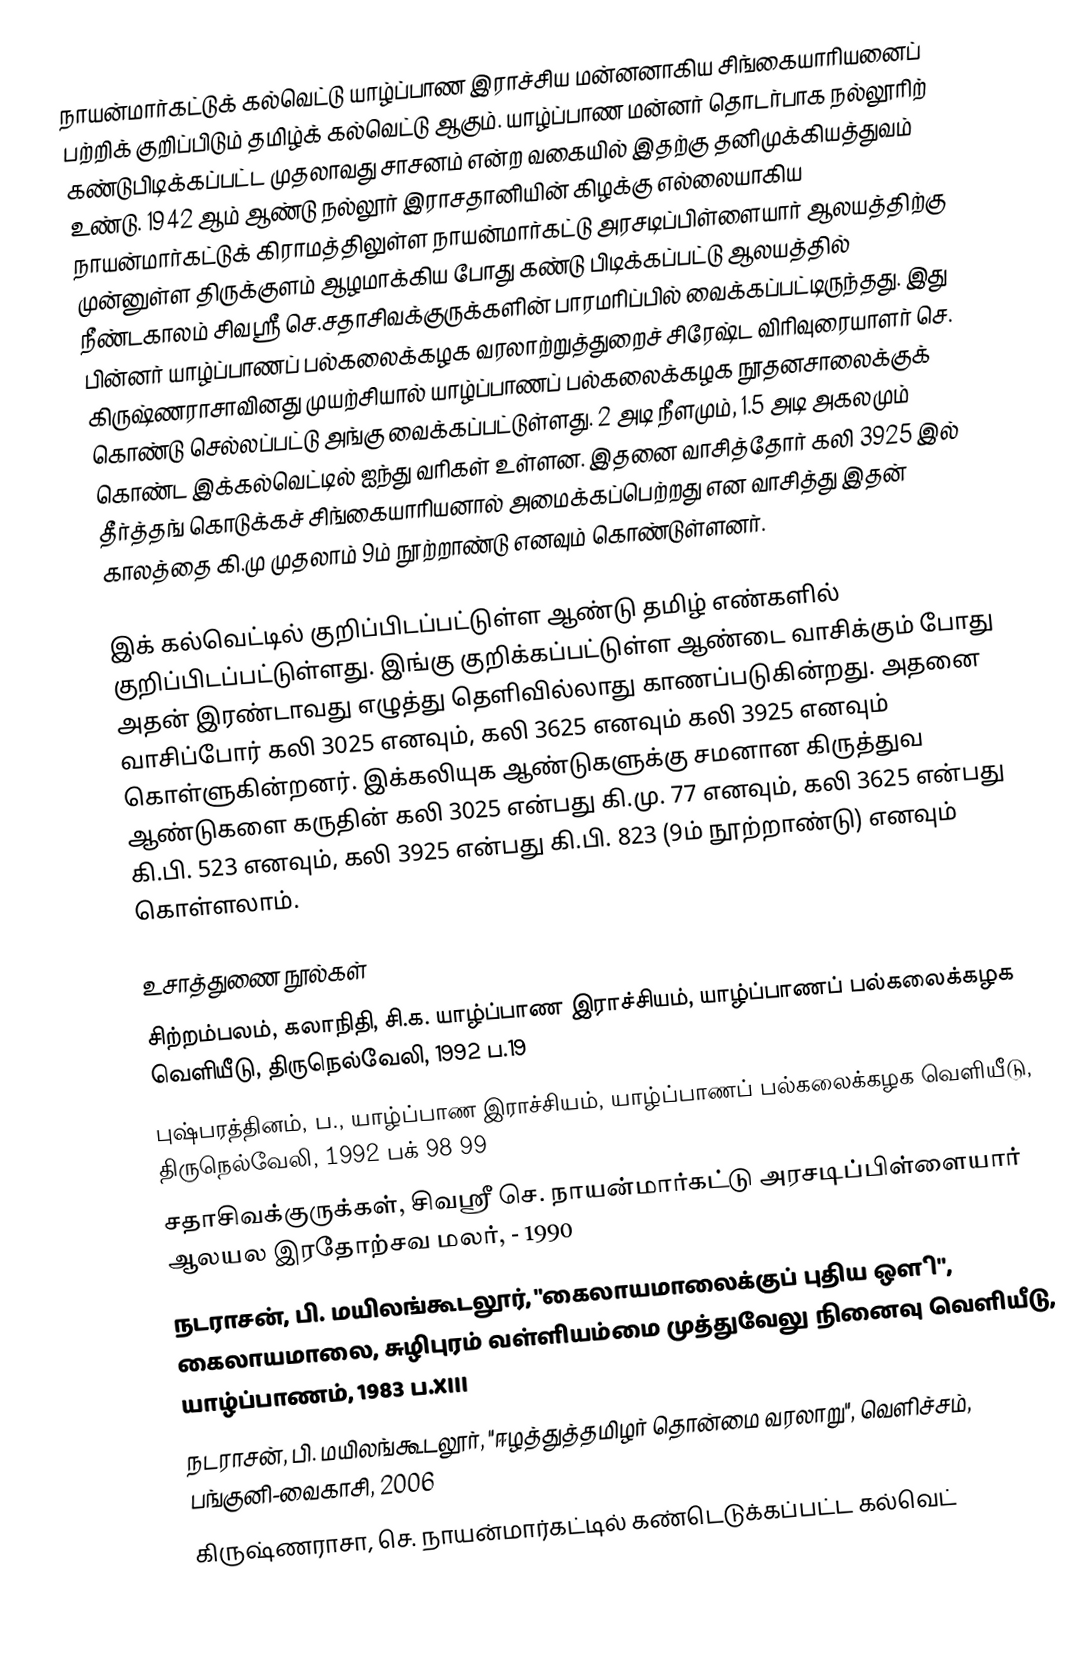
நாயன்மார்கட்டுக் கல்வெட்டு யாழ்ப்பாண இராச்சிய மன்னனாகிய சிங்கையாரியனைப் பற்றிக் குறிப்பிடும் தமிழ்க் கல்வெட்டு ஆகும். யாழ்ப்பாண மன்னா் தொடா்பாக நல்லூரிற் கண்டுபிடிக்கப்பட்ட முதலாவது சாசனம் என்ற வகையில் இதற்கு தனிமுக்கியத்துவம் உண்டு. 1942 ஆம் ஆண்டு நல்லூர் இராசதானியின் கிழக்கு எல்லையாகிய நாயன்மார்கட்டுக் கிராமத்திலுள்ள நாயன்மார்கட்டு அரசடிப்பிள்ளையார் ஆலயத்திற்கு முன்னுள்ள திருக்குளம் ஆழமாக்கிய போது கண்டு பிடிக்கப்பட்டு ஆலயத்தில் நீண்டகாலம் சிவஶ்ரீ செ.சதாசிவக்குருக்களின் பாரமரிப்பில்  வைக்கப்பட்டிருந்தது. இது பின்னர் யாழ்ப்பாணப் பல்கலைக்கழக வரலாற்றுத்துறைச் சிரேஷ்ட விரிவுரையாளர் செ. கிருஷ்ணராசாவினது முயற்சியால் யாழ்ப்பாணப் பல்கலைக்கழக நூதனசாலைக்குக் கொண்டு செல்லப்பட்டு அங்கு வைக்கப்பட்டுள்ளது. 2 அடி நீளமும், 1.5 அடி அகலமும் கொண்ட இக்கல்வெட்டில் ஐந்து வரிகள் உள்ளன. இதனை வாசித்தோர் கலி 3925  இல் தீர்த்தங் கொடுக்கச் சிங்கையாரியனால் அமைக்கப்பெற்றது என வாசித்து இதன் காலத்தை கி.மு முதலாம் 9ம் நூற்றாண்டு எனவும் கொண்டுள்ளனர்.

இக் கல்வெட்டில் குறிப்பிடப்பட்டுள்ள ஆண்டு தமிழ் எண்களில் குறிப்பிடப்பட்டுள்ளது. இங்கு குறிக்கப்பட்டுள்ள ஆண்டை வாசிக்கும் போது அதன் இரண்டாவது எழுத்து தெளிவில்லாது காணப்படுகின்றது. அதனை வாசிப்போர் கலி 3025 எனவும், கலி 3625 எனவும் கலி 3925 எனவும் கொள்ளுகின்றனர். இக்கலியுக ஆண்டுகளுக்கு சமனான கிருத்துவ ஆண்டுகளை கருதின் கலி 3025 என்பது கி.மு. 77 எனவும், கலி 3625 என்பது கி.பி. 523 எனவும், கலி 3925 என்பது கி.பி. 823 (9ம் நூற்றாண்டு) எனவும் கொள்ளலாம்.

உசாத்துணை நூல்கள்
 சிற்றம்பலம், கலாநிதி, சி.க. யாழ்ப்பாண இராச்சியம், யாழ்ப்பாணப் பல்கலைக்கழக வெளியீடு, திருநெல்வேலி, 1992 ப.19
 புஷ்பரத்தினம், ப., யாழ்ப்பாண இராச்சியம், யாழ்ப்பாணப் பல்கலைக்கழக வெளியீடு, திருநெல்வேலி, 1992 பக் 98 99
 சதாசிவக்குருக்கள், சிவஶ்ரீ செ. நாயன்மார்கட்டு அரசடிப்பிள்ளையார் ஆலயல இரதோற்சவ மலர், - 1990
 நடராசன், பி. மயிலங்கூடலூர், "கைலாயமாலைக்குப் புதிய ஔி", கைலாயமாலை, சுழிபுரம் வள்ளியம்மை முத்துவேலு நினைவு வெளியீடு,  யாழ்ப்பாணம், 1983 ப.XIII
 நடராசன், பி. மயிலங்கூடலூர், "ஈழத்துத்தமிழர் தொன்மை வரலாறு", வெளிச்சம், பங்குனி-வைகாசி, 2006
 கிருஷ்ணராசா, செ. நாயன்மார்கட்டில் கண்டெடுக்கப்பட்ட கல்வெட்